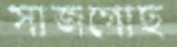
সাজগোছ